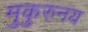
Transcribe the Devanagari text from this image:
मुकुरुनय